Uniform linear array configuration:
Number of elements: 64
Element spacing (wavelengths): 1
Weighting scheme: kaiser
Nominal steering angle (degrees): -15
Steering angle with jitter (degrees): -15.372
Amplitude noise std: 0.05
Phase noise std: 0.05

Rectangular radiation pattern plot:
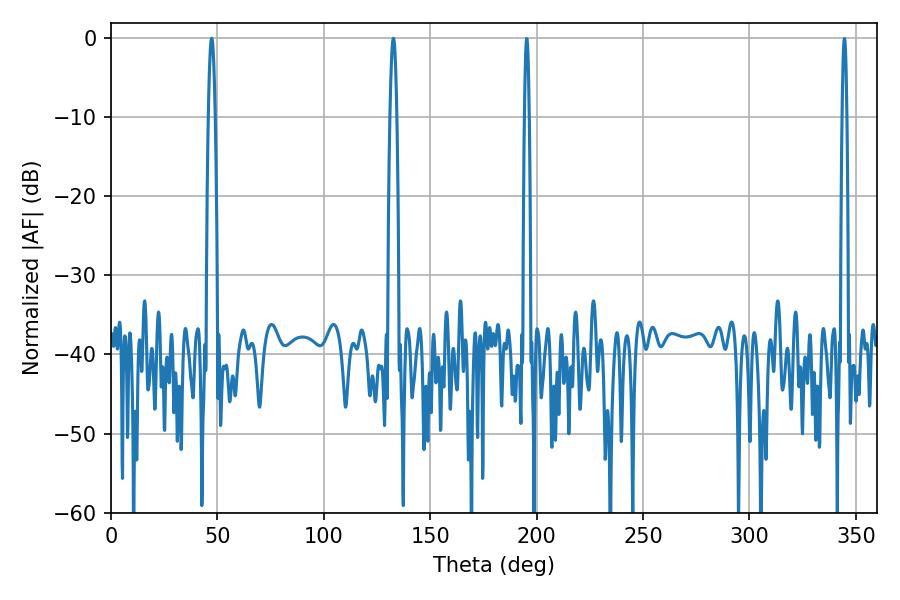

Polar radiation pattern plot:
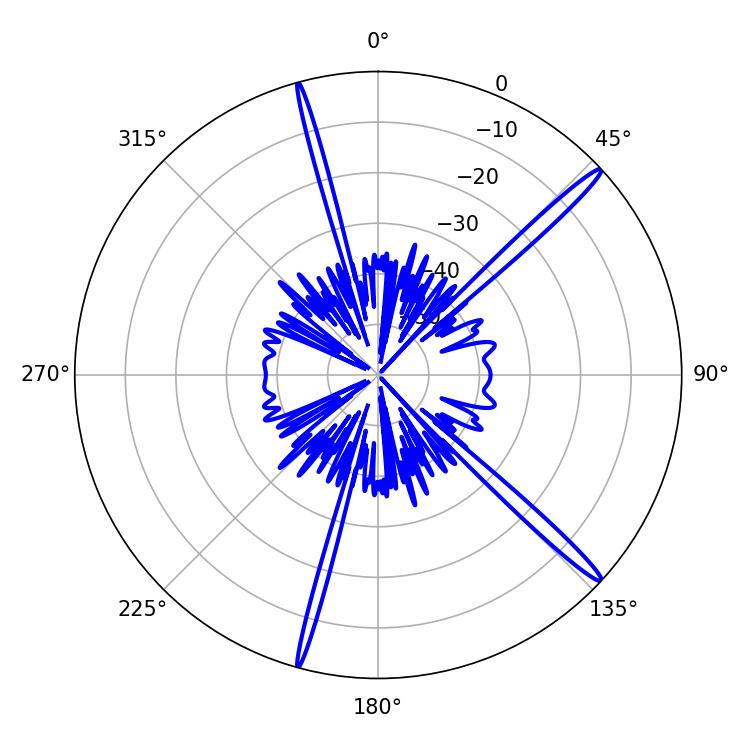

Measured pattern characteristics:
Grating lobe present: TRUE
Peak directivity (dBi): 17.265
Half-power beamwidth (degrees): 1.8
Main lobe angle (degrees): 132.66